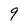
Character: 9